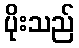
ပိုးသည်